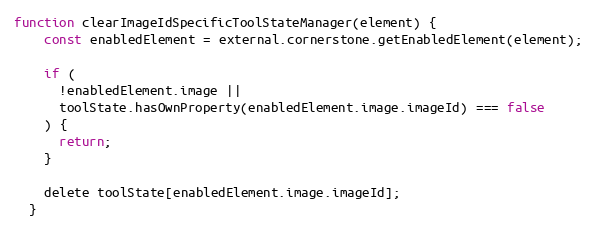
Language: JavaScript
function clearImageIdSpecificToolStateManager(element) {
    const enabledElement = external.cornerstone.getEnabledElement(element);

    if (
      !enabledElement.image ||
      toolState.hasOwnProperty(enabledElement.image.imageId) === false
    ) {
      return;
    }

    delete toolState[enabledElement.image.imageId];
  }